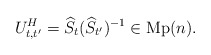
\begin{align*}U_{t,t^{\prime}}^{H}=\widehat{S}_{t}(\widehat{S}_{t^{\prime}})^{-1}\in\operatorname*{Mp}(n). \end{align*}